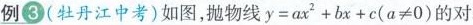
例3(牡丹江中考)如图，抛物线 $$y=ax^{2}+bx+c(a \neq 0)$$ 的对